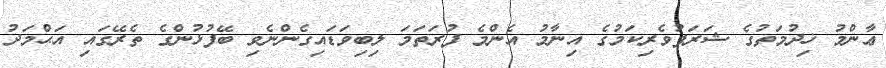
ޢާންމު ޚިދުމަތުގެ ޝަރަފުވެރިކަމުގެ އިނާމު އެންމެ ފުރަތަމަ ލިބިވަޑައިގެންނެވި ބޭފުޅުންގެ ތެރޭގައި އަޙްމަދު